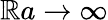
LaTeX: \mathbb{R}a\to\infty